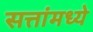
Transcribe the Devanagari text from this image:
सत्तांमध्ये